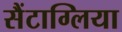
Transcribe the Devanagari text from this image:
सैंटाग्लिया